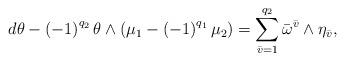
LaTeX: \begin{align*}d\theta -\left( -1\right) ^{q_{2}}\theta \wedge \left( \mu _{1}-\left(-1\right) ^{q_1}\mu _{2}\right) =\sum\limits_{\bar{v}=1}^{q_{2}}\bar{\omega}^{\bar{v}}\wedge \eta _{\bar{v}}, \end{align*}